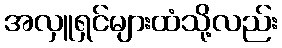
အလှူရှင်များထံသို့လည်း